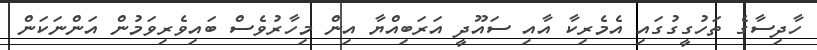
ހާދިސާގެ ތަހުގީގުގައި އެމެރިކާ އާއި ސައޫދީ އަރަބިއްޔާ އިން މިހާރުވެސް ބައިވެރިވަމުން އަންނަކަން